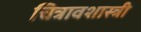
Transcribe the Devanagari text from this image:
चित्रावशास्त्री